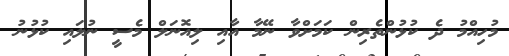
މުހިއްމު ދެ ކުޅުންތެރިން ކަމަށްވާ ނޭމާ އާއި ލިއޮނަލް މެސީ ނުލައި ކުޅުނު